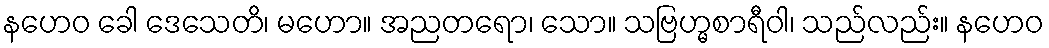
နဟေဝ ခေါ ဒေသေတိ၊ မဟော။ အညတရော၊ သော။ သဗြဟ္မစာရီဝါ၊ သည်လည်း။ နဟေဝ